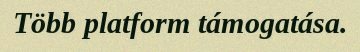
Több platform támogatása.